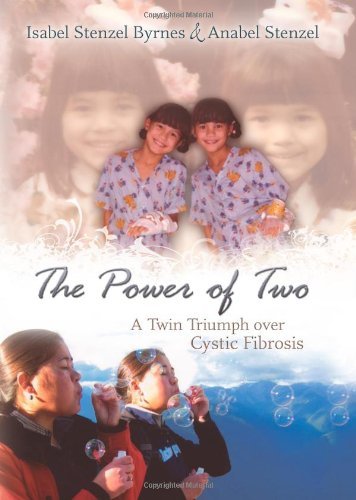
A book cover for By Isabel Stenzel Byrnes - Power of Two: A Twin Triumph over Cystic Fibrosis; Anabel Stenzel, Isabel Stenzel Byrnes Isabel Stenzel Byrnes; Health, Fitness & Dieting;